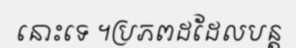
នោះទេ ។ប្រភពដដែលបន្ត